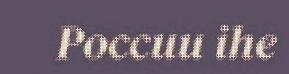
Poccuu ihe